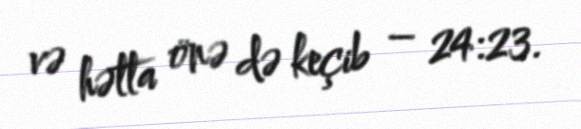
və hətta önə də keçib – 24:23.